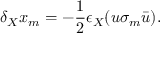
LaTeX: \delta _ { X } x _ { m } = - \frac 1 2 \epsilon _ { X } ( u \sigma _ { m } \bar { u } ) .